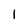
Character: 1